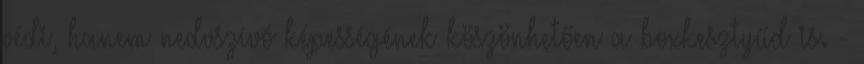
védi, hanem nedvszívó képességének köszönhetően a boxkesztyűd is. -